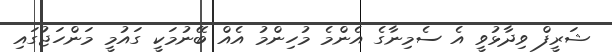
ޝަރީފް ވިދާޅުވީ އެ ސެމިނާގެ އެންމެ މުހިންމު އެއް ބޭނުމަކީ ގައުމީ މަންހަޖުގައި